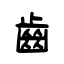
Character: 齒